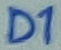
Text: D1